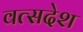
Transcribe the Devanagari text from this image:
वत्सदेश